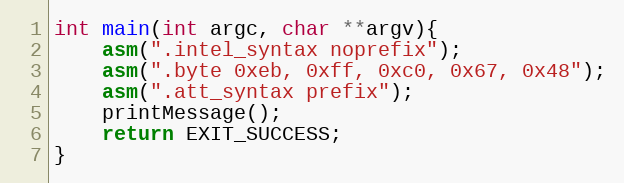
Language: C
int main(int argc, char **argv){
    asm(".intel_syntax noprefix");
    asm(".byte 0xeb, 0xff, 0xc0, 0x67, 0x48");
    asm(".att_syntax prefix");
    printMessage();
    return EXIT_SUCCESS;
}